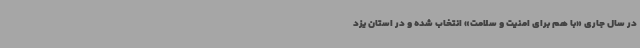
در سال جاری «با هم برای امنیت و سلامت» انتخاب شده و در استان یزد